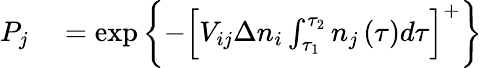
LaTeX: \begin{array}{rl}{P_{j}}&{{}=\exp\left\{ -\left[V_{ij}\Delta n_{i}\int_{\tau_{1}}^{\tau_{2}}n_{j}\left(\tau\right)d\tau\right]^{+}\right\} }\end{array}